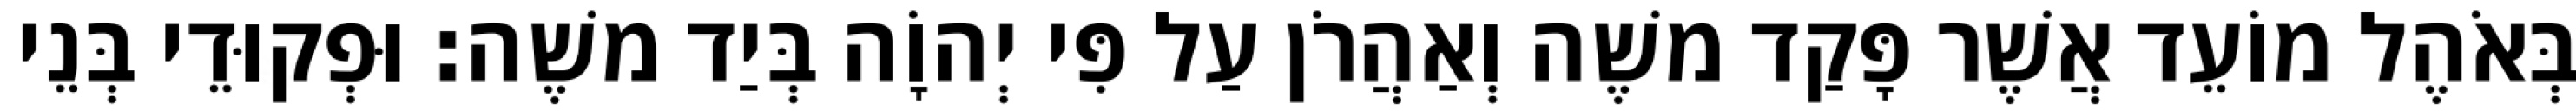
בְּאֹהֶל מוֹעֵד אֲשֶׁר פָּקַד משֶׁה וְאַהֲרֹן עַל פִּי יְהוָֹה בְּיַד משֶׁה׃ וּפְקוּדֵי בְּנֵי